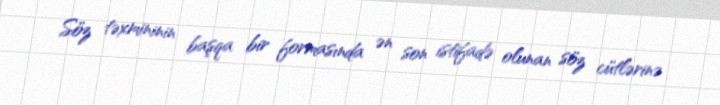
Söz təxmininin başqa bir formasında ən son istifadə olunan söz cütlərinə